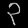
Digit: ၃